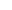
9.(2017·嘉兴)送人之荆门明·浦源长江风扬布帆轻，西人荆门感客情。三国已亡遗旧垒，几家犹在住荒城。云边路绕巴山色，树里河流汉水声。此去郢Φ中应有赋，千秋白雪②待君赓⑤。(选自《明清诗赏析》)【注释】①郢( ying )：春秋战国时楚国国都，此处借指朋友去的地方，即荆门。②白雪：也称”阳春””阳春白雪”，古代楚国歌曲名，也用以比喻优秀的文学艺术作品。③赓( geng )：继续。(1)诗歌的颔联和颈联分别从______、___两个方面来表现荆门的特点。(2)此诗尾联与李白《送友人》诗中的尾联所抒发的情怀有何不同?请简要分析。李白《送友人》：青山横北郭，白水绕东城。此地一为别，孤蓬万里征。浮云游子意，落日故人情。挥手自兹去，萧萧班马鸣。